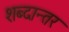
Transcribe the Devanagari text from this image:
शब्दान्तर